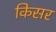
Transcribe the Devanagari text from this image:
किसर